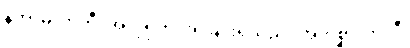
နိကာမလာဘီ၊ အလိုရှိတိုင်းရခြင်းရှိသည်။ အကိစ္ဆာလာလီ၊